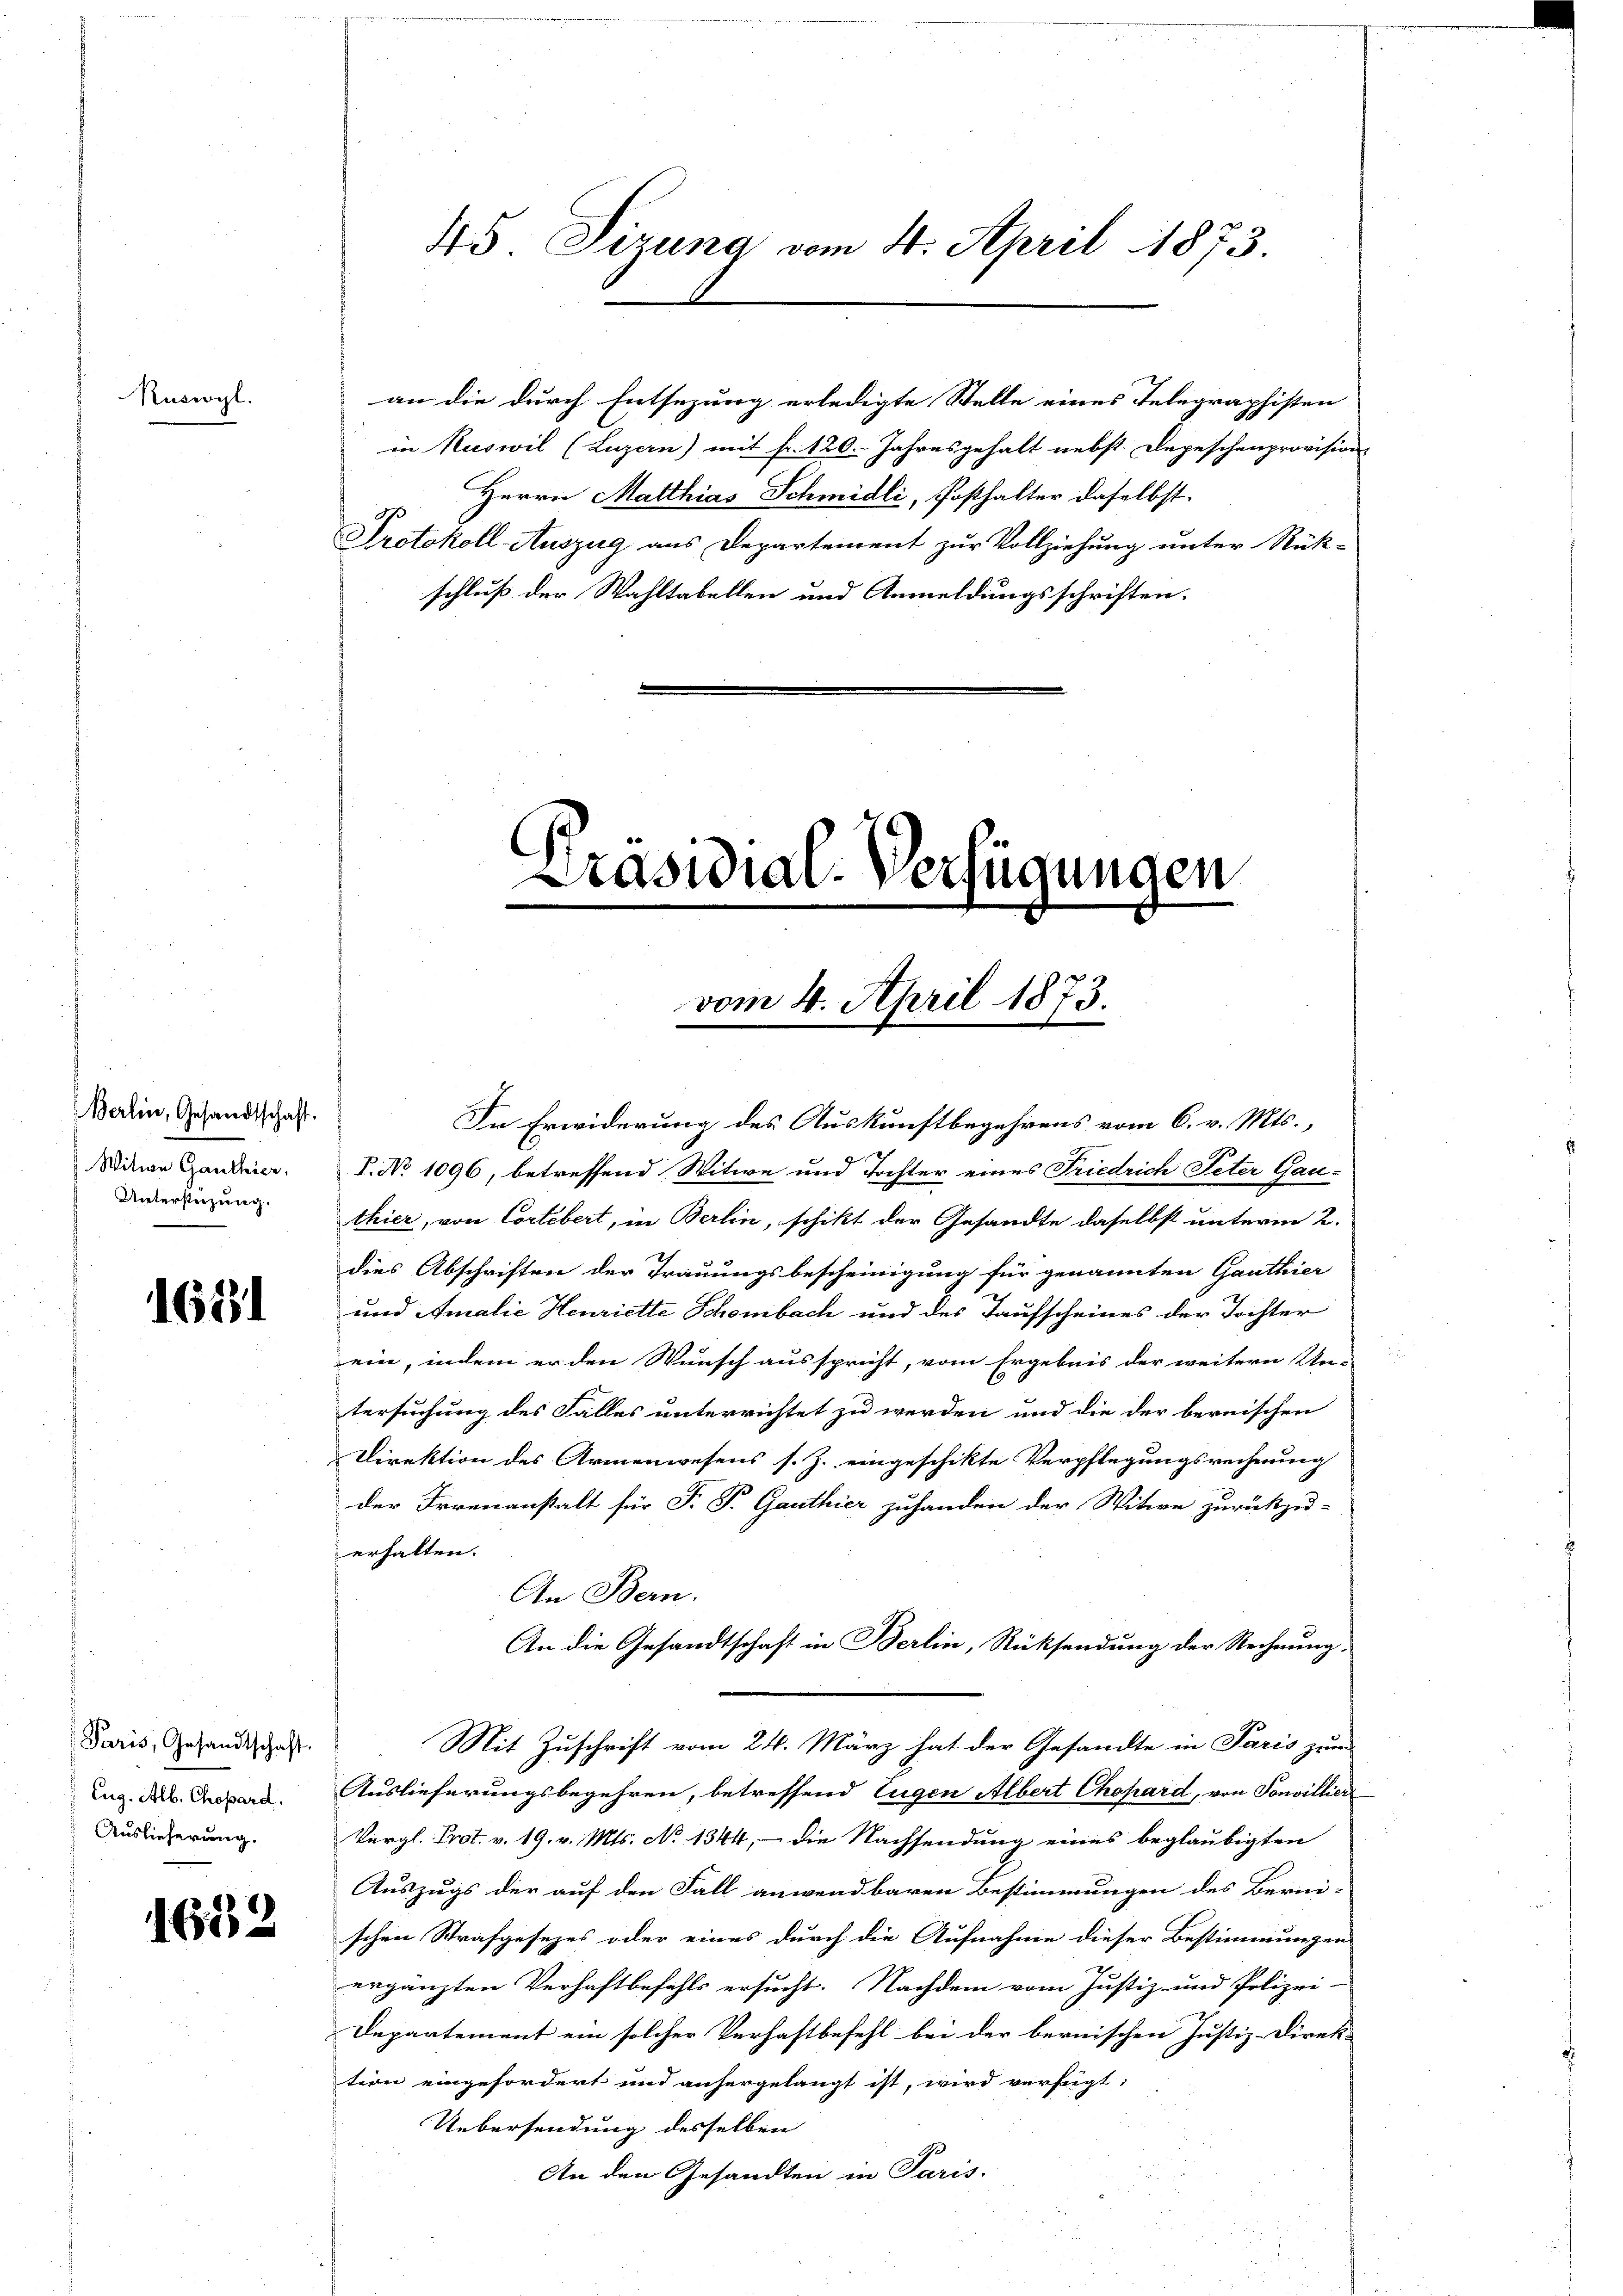
Ruswyl.

Berlin, Gesandtschaft.
Witwe Ganthier.
Unterstehung.

1681

Paris, Gesandtschaft.
Eug. Alb. Chopard.
Auslieferung.

1652

45 Sizung vom 4. April 1873.

an die durch Entsezung erledigte Stelle eines Telegraphisten
in Ruswil (Luzern) mit fr. 120. Jahresgehalt nebst. Depeschenprovision
Herrn Matthias Schmidli, Posthalter daselbst.
Protokoll-Auszug aus Departement zur Vollziehung unter Rück-
schluß der Wahltabellen und Anmeldungsschriften.

Präsidial-Verfügungen
vom 4. April 1873.
d

In Erwiderung des Auskunftbegehrens vom 6. v. Mts.,
V. No 1096, betreffend Witwe und Tochter eines Friedrich Peter Gau-
thier, von Cortebert, in Berlin, schikt der Gesandte daselbst unterm 2.
dies Abschriften der Trauungsbescheinigung für genannten Ganthier
und Amalie Henriette Schenbach und des Taufscheines der Tochter
ein, indem er den Wünsch ausspricht, vom Ergebnis der weitern Un-
tersuchung des Falles unterrichtet zu werden und die der bernischen
Direktion des Armenwesens s. Z. eingeschikte Verpflegungsrechnung
der Irrenanstalt für F. P. Ganthier zuhanden der Witwe zurückzu-
erhalten.
An Bern.
An die Gesandtschaft in Berlin, Rücksendung der Rechnung,
Mit Zuschrift vom 24. März hat der Gesandte in Paris zum
Auslieferungsbegehren, betreffend Eugen Albert Chapard, von Sonvillier
Vergl. Prot. v. 19. v. Mts. No 1344, - die Nachsendung eines beglaubigten
Auszugs der auf den Fall anwendbaren Bestimmungen des Berni-
schen Strafgesezes oder eines durch die Aufnahme dieser Bestimmungen
u
ergänzten Verhaftbefehls ersucht. Nachdem vom Justiz- und Polizei-
Departement ein solcher Verhaftbefehl bei der bernischen Justiz-Direk-
tion eingefordert und anhergelangt ist, wird verfügt:
Uebersendung desselben
An den Gesandten in Paris